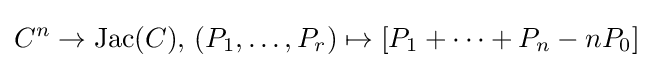
C^{n}\to \operatorname {Jac} (C),\,(P_{1},\dots ,P_{r})\mapsto [P_{1}+\cdots +P_{n}-nP_{0}]